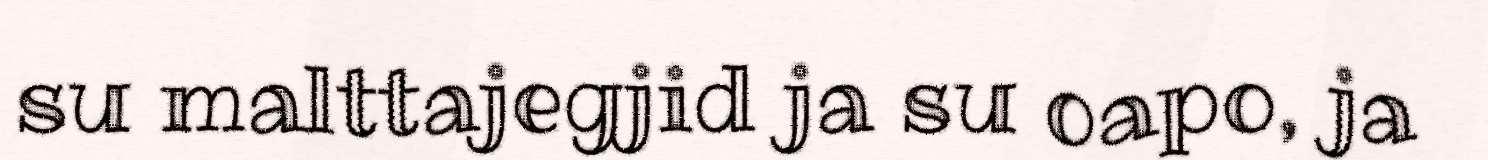
su malttajegjid ja su oapo, ja